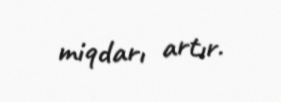
miqdarı artır.